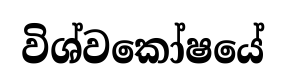
විශ්වකෝෂයේ